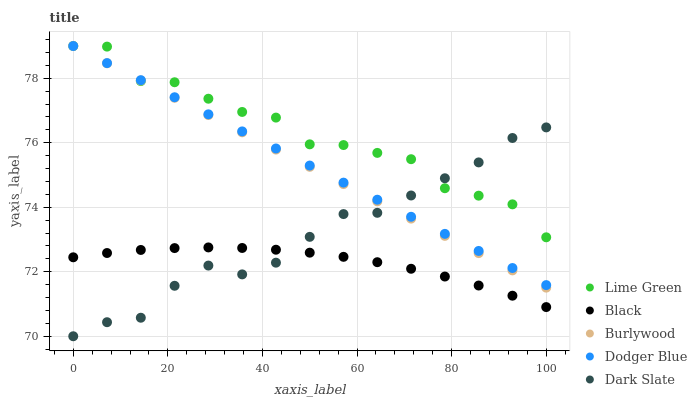
| xaxis_label | Lime Green | Black | Burlywood | Dodger Blue | Dark Slate |
 | --- | --- | --- | --- | --- | --- |
 | 0 | 79 | 72.4 | 79 | 79 | 70 |
 | 7.14 | 79 | 72.6 | 78.5 | 78.5 | 70.4 |
 | 14.3 | 77.9 | 72.7 | 77.9 | 77.9 | 70.6 |
 | 21.4 | 77.9 | 72.7 | 77.4 | 77.4 | 71.6 |
 | 28.6 | 77.4 | 72.8 | 76.9 | 76.9 | 72.2 |
 | 35.7 | 77 | 72.7 | 76.3 | 76.4 | 71.9 |
 | 42.9 | 76.8 | 72.7 | 75.8 | 75.8 | 72.3 |
 | 50 | 76 | 72.6 | 75.3 | 75.3 | 73.1 |
 | 57.1 | 75.9 | 72.5 | 74.7 | 74.8 | 73.8 |
 | 64.3 | 75.7 | 72.3 | 74.2 | 74.2 | 73.8 |
 | 71.4 | 75.5 | 72.1 | 73.6 | 73.7 | 74.4 |
 | 78.6 | 74.6 | 71.9 | 73.1 | 73.2 | 74.9 |
 | 85.7 | 74.4 | 71.6 | 72.6 | 72.6 | 75.4 |
 | 92.9 | 74.1 | 71.3 | 72 | 72.1 | 76.1 |
 | 100 | 73.1 | 70.9 | 71.5 | 71.6 | 76.5 |